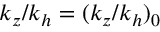
k _ { z } / k _ { h } = ( k _ { z } / k _ { h } ) _ { 0 }